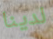
لدينا